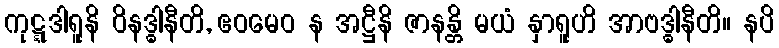
ကုဋ္ဋဒါရူနိ ဝိနဒ္ဓါနီတိ, ဧဝမေဝ န အဋ္ဌီနိ ဇာနန္တိ မယံ နှာရူဟိ အာဗဒ္ဓါနီတိ။ နပိ